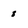
Character: 8